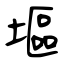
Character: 塸